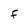
Character: F